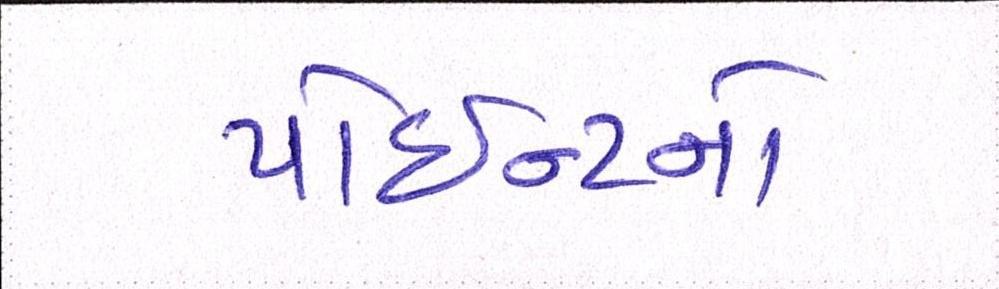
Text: પોઇન્ટનો